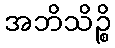
အဘိသိဉ္စိ